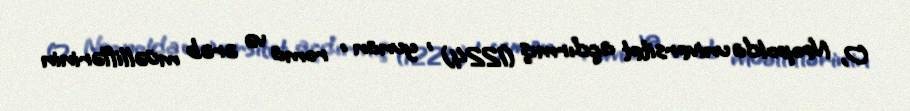
O, Neopolda universitet açdırmış (1224) , yunan , roma və ərəb müəlliflərinin